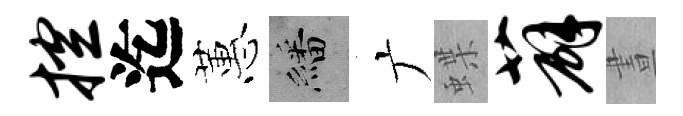
控迄蕙繙广蝶薜晝